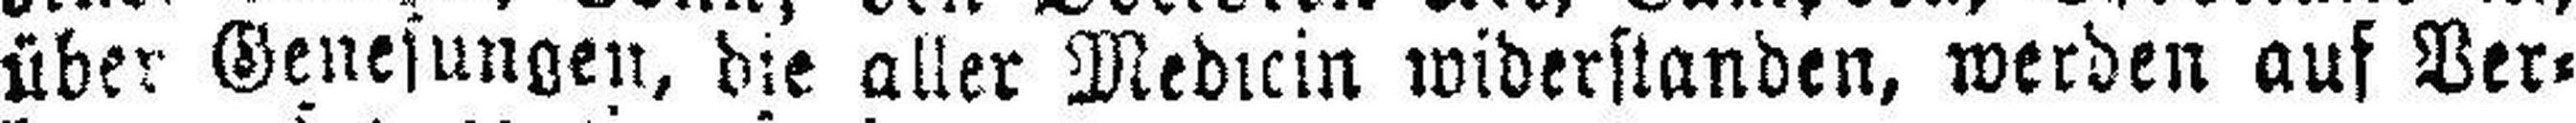
über Genesungen, die aller Medicin widerstanden, werden auf Ver¬